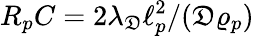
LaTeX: R_{p}C=2\lambda_{\mathfrak{D}}\ell_{p}^{2}/(\mathfrak{D}\varrho_{p})